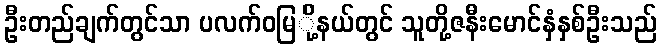
ဦးတည်ချက်တွင်သာ ပလက်ဝမြ်ို့နယ်တွင် သူတို့ဇနီးမောင်နှံနှစ်ဦးသည်